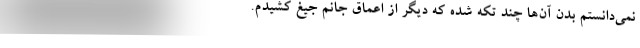
نمی‌دانستم بدن آن‌ها چند تکه شده که دیگر از اعماق جانم جیغ کشیدم.